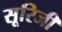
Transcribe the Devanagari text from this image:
सूरिजी